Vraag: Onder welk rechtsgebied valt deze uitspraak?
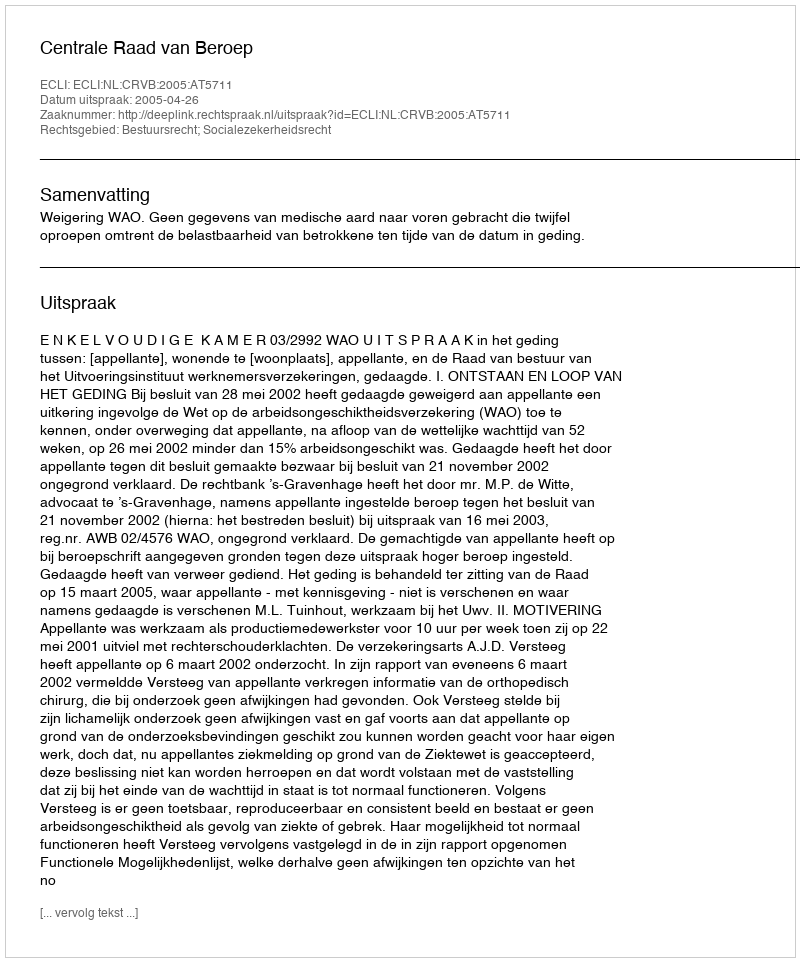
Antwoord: Bestuursrecht; Socialezekerheidsrecht